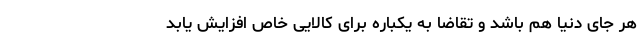
هر جای دنیا هم باشد و تقاضا به یکباره برای کالایی خاص افزایش یابد